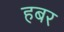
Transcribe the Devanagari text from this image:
हबर